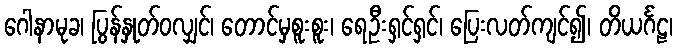
ဂေါနာမုခ၊ ပြွန်နှုတ်ဝလျှင်၊ တောင်မှစူးစူး၊ ရေဦးရှင်ရှင်၊ ပြေးလတ်ကျင်၍၊ တိယင်္ဂဠ၊